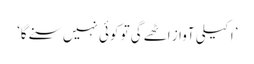
’اکیلی آواز اٹھےگی تو کوئی نہیں سنے گا‘